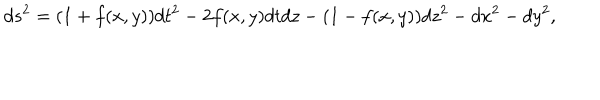
d s ^ { 2 } = ( 1 + f ( x , y ) ) d t ^ { 2 } - 2 f ( x , y ) d t d z - ( 1 - f ( x , y ) ) d z ^ { 2 } - d x ^ { 2 } - d y ^ { 2 } ,